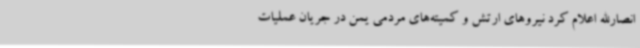
انصارالله اعلام کرد نیروهای ارتش و کمیته‌های مردمی یمن در جریان عملیات